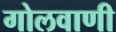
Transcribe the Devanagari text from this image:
गोलवाणी